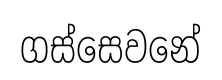
ගස්සෙවනේ